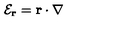
{ \mathcal E } _ { \bf r } = { \bf r } \cdot { \bf \nabla }